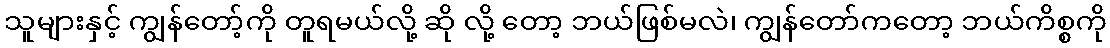
သူများနှင့် ကျွန်တော့်ကို တူရမယ်လို့ ဆို လို့ တော့ ဘယ်ဖြစ်မလဲ၊ ကျွန်တော်ကတော့ ဘယ်ကိစ္စကို